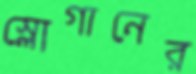
স্লোগানের